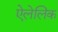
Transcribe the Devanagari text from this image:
ऐलेलिक